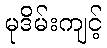
မုဒိမ်းကျင့်